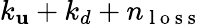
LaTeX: k_{\mathbf{u}}+k_{d}+n_{\mathrm{{~l~o~s~s~}}}